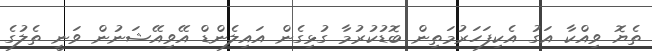
ތެޔޮ ވިއްކާ އަގު އެކިފަހަރުމަތިން ބޮޑުކުރުމާ ގުޅިގެން އައިލެންޑް އޭވިއޭޝަނުން ވަނީ ތެލުގެ